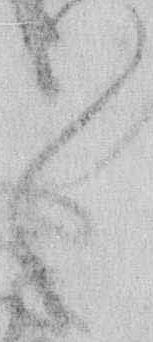
々